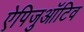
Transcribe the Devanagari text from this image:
ऐपिजुऑटिव